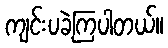
ကျင်းပခဲ့ကြပါတယ်။